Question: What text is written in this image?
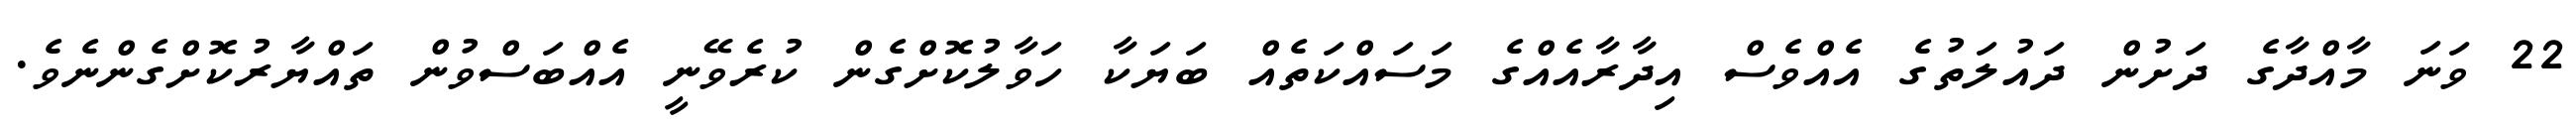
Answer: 22 ވަނަ މާއްދާގެ ދަށުން ދައުލަތުގެ އެއްވެސް އިދާރާއެއްގެ މަސައްކަތެއް ބަޔަކާ ހަވާލުކޮށްގެން ކުރެވޭނީ އެއްބަސްވުން ތައްޔާރުކޮށްގެންނެވެ.